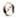
0